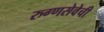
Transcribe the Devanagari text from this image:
रुग्णसेवेची